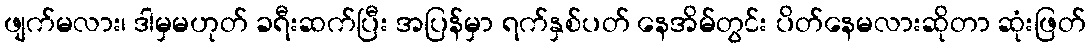
ဖျက်မလား၊ ဒါမှမဟုတ် ခရီးဆက်ပြီး အပြန်မှာ ရက်နှစ်ပတ် နေအိမ်တွင်း ပိတ်နေမလားဆိုတာ ဆုံးဖြတ်